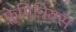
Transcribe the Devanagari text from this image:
फ्लेमिनियस